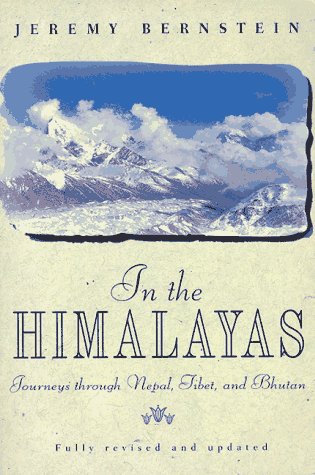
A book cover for In the Himalayas: Journeys through Nepal, Tibet, and Bhutan; Jeremy Bernstein; Travel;